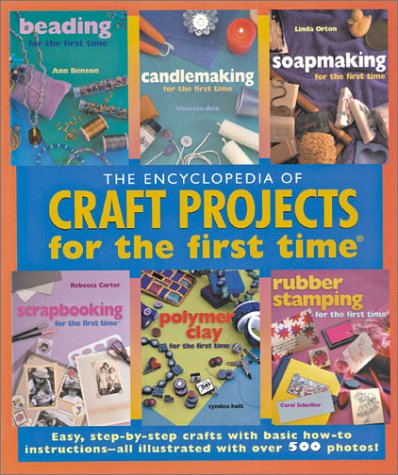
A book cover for The Encyclopedia of Craft Projects for the first timeÂ®: Easy, Step-by-Step Crafts with Basic How-to Instructions--All Illustrated with Over 500 Photos; Engineering & Transportation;